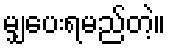
မျှပေးရမည်တဲ့။